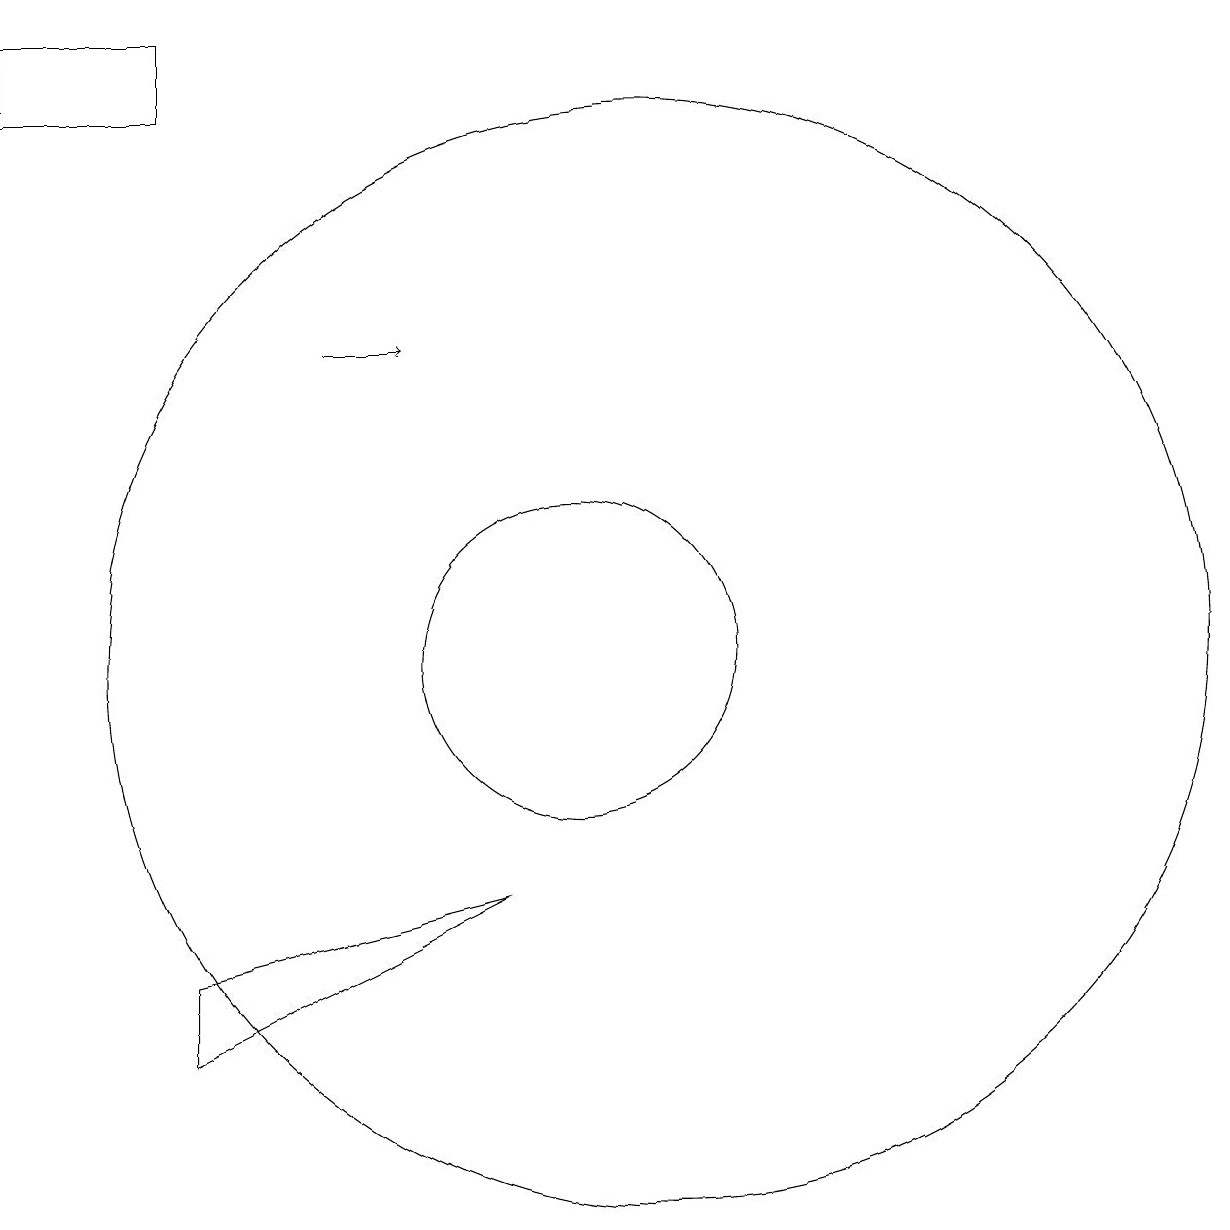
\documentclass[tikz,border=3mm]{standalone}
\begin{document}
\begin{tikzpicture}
\draw (11,10) circle (7);
\draw (5,6) -- (9,7) -- (5,5) -- cycle;
\draw (5,17) rectangle (3,18);
\draw[->] (7,14) -- (8,14);
\draw (10,10) circle (2);
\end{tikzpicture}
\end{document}